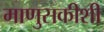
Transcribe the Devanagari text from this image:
माणुसकीशी